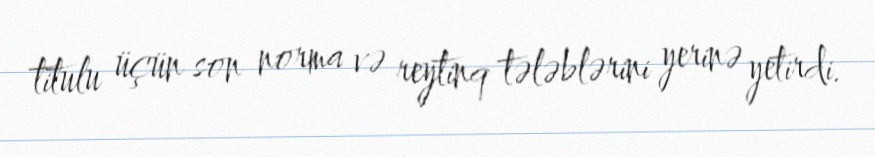
titulu üçün son norma və reytinq tələblərini yerinə yetirdi.